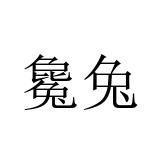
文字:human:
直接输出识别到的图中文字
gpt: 毚兔